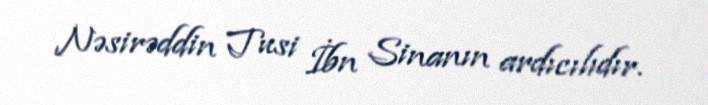
Nəsirəddin Tusi İbn Sinanın ardıcılıdır.